65_HS1-834228961_62-HQ-83894_Section_4
Agency: FBI
Page 21
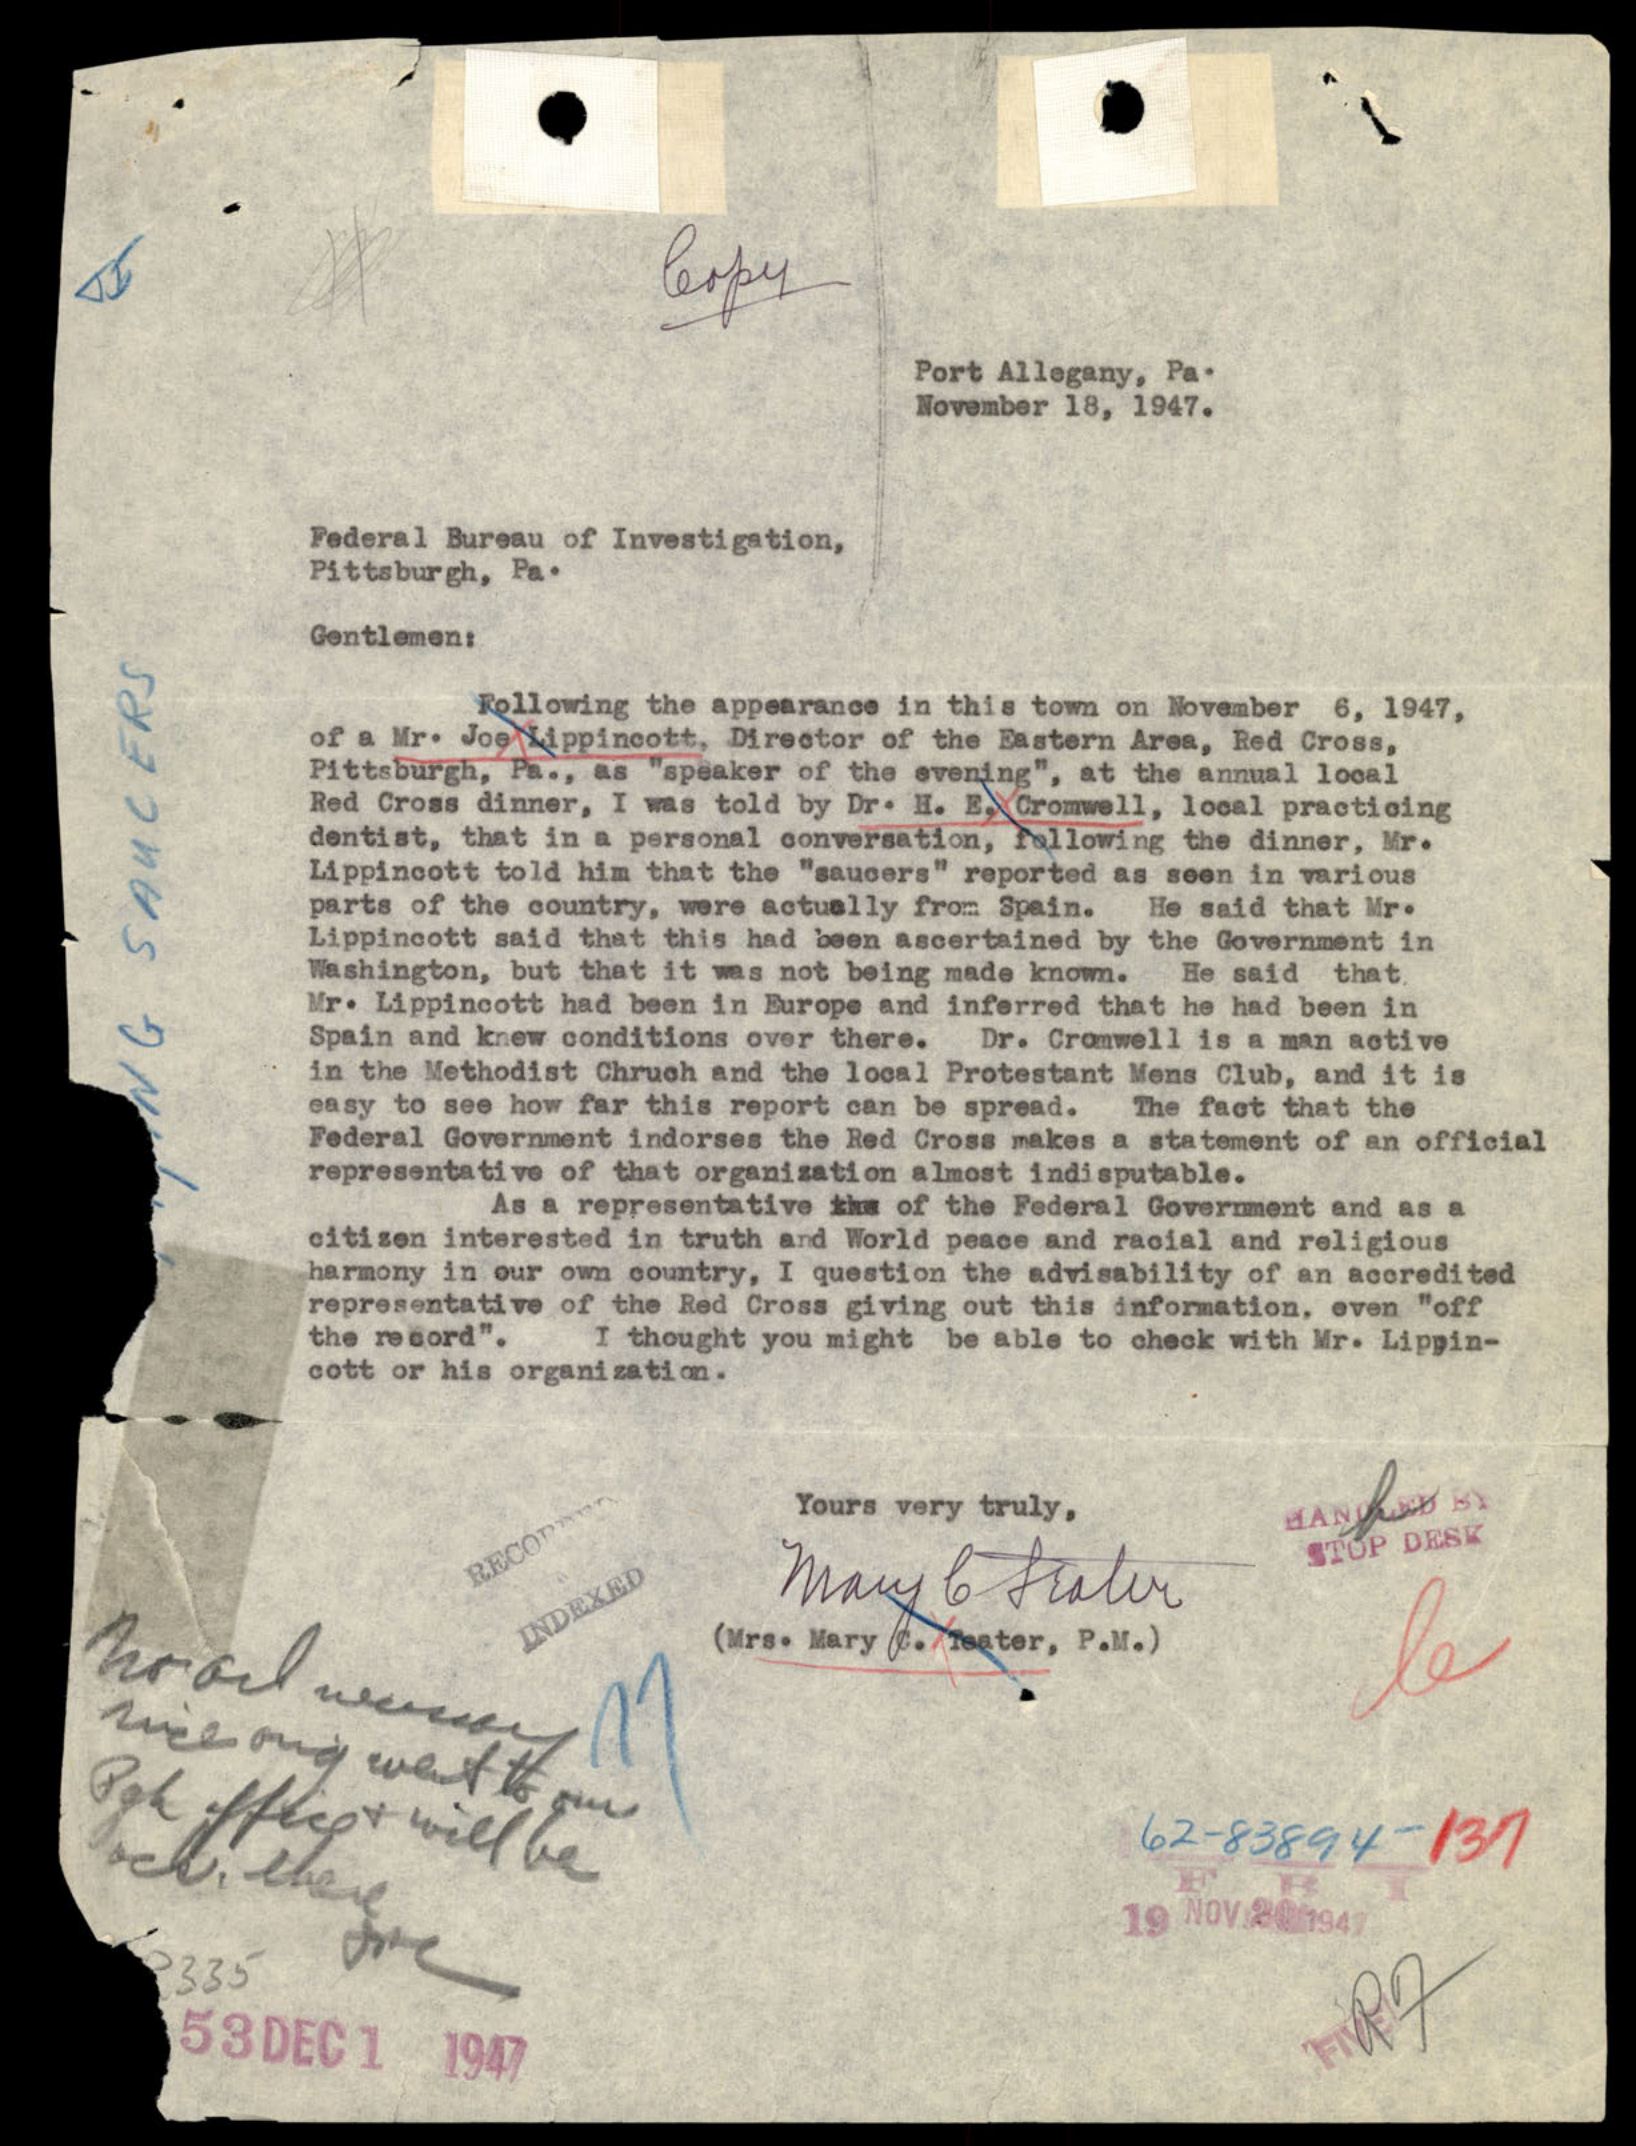